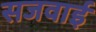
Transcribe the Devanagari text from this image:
सजवाई